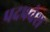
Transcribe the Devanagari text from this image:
पदप्रवेश